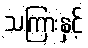
သကြားနှင့်